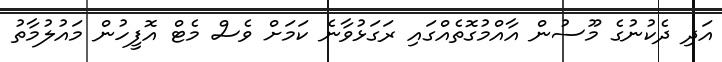
އަދި ދެކުނުގެ މޫސުން އާއްމުގޮތެއްގައި ރަގަޅުވާނެ ކަމަށް ވެސް މެޓް އޮފީހުން މައުލުމާތު